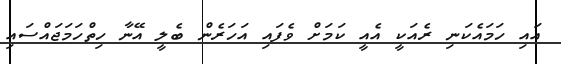
އައި ހަމައެކަނި ރެއަކީ އެއީ ކަމަށް ވެފައި އަހަރެން ބެލީ އޭނާ ހިތްހަމަޖައްސައި